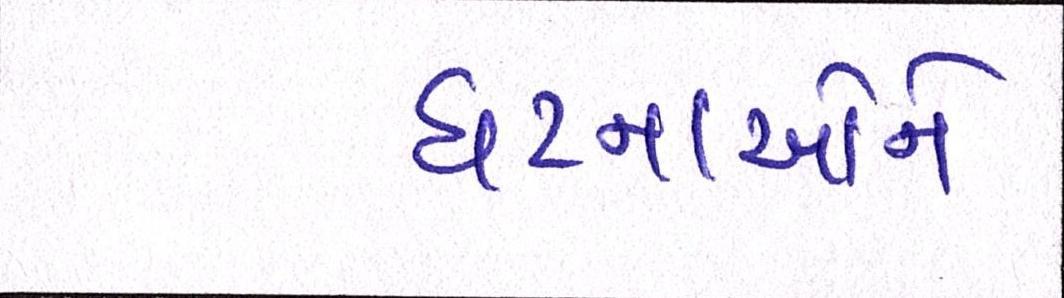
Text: ઘટનાઓને